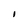
Character: I